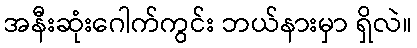
အနီးဆုံးဂေါက်ကွင်း ဘယ်နားမှာ ရှိလဲ။